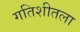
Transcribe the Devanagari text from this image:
गतिशीतला